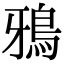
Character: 鴉